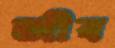
জীব